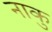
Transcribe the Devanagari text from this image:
नाकु